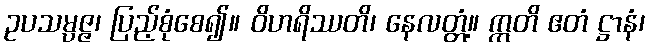
ဥပသမ္ပဇ္ဇ၊ ပြည့်စုံစေ၍။ ဝိဟရိဿတိ၊ နေလတ္တံ့။ ဣတိ ဧတံ ဋ္ဌာနံ၊